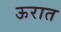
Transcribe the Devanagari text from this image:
ऊरात